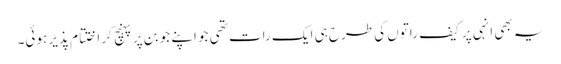
یہ بھی انہی پر کیف راتوں کی طرح ہی ایک رات تھی جو اپنے جوبن پر پہنچ کر اختتام پذیر ہوئی۔